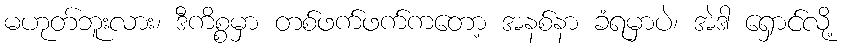
မဟုတ်ဘူးလား၊ ဒီကိစ္စမှာ တစ်ဖက်ဖက်ကတော့ အနစ်နာ ခံရမှာပဲ၊ အဲဒါ ရှောင်လို့